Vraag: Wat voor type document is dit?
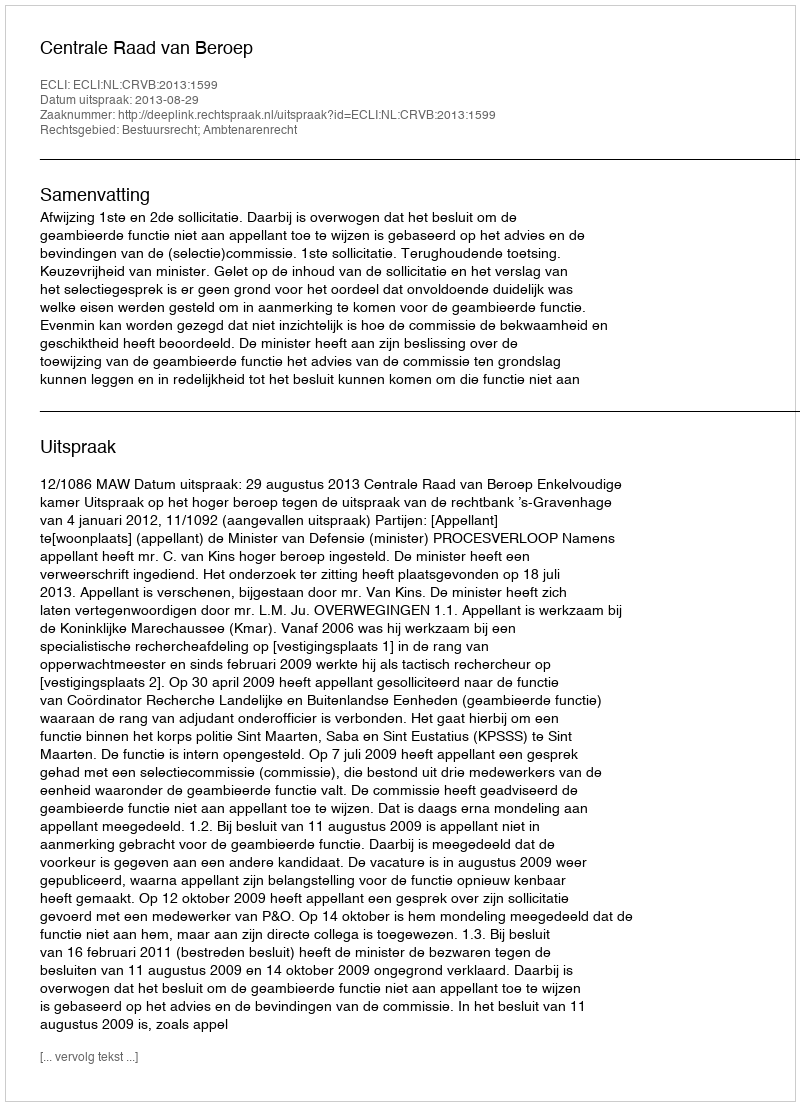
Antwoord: Uitspraak